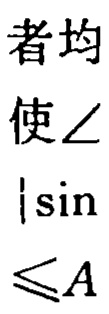
者均\\
使$\angle$\\
$|\sin$\\
$\leqslant A$